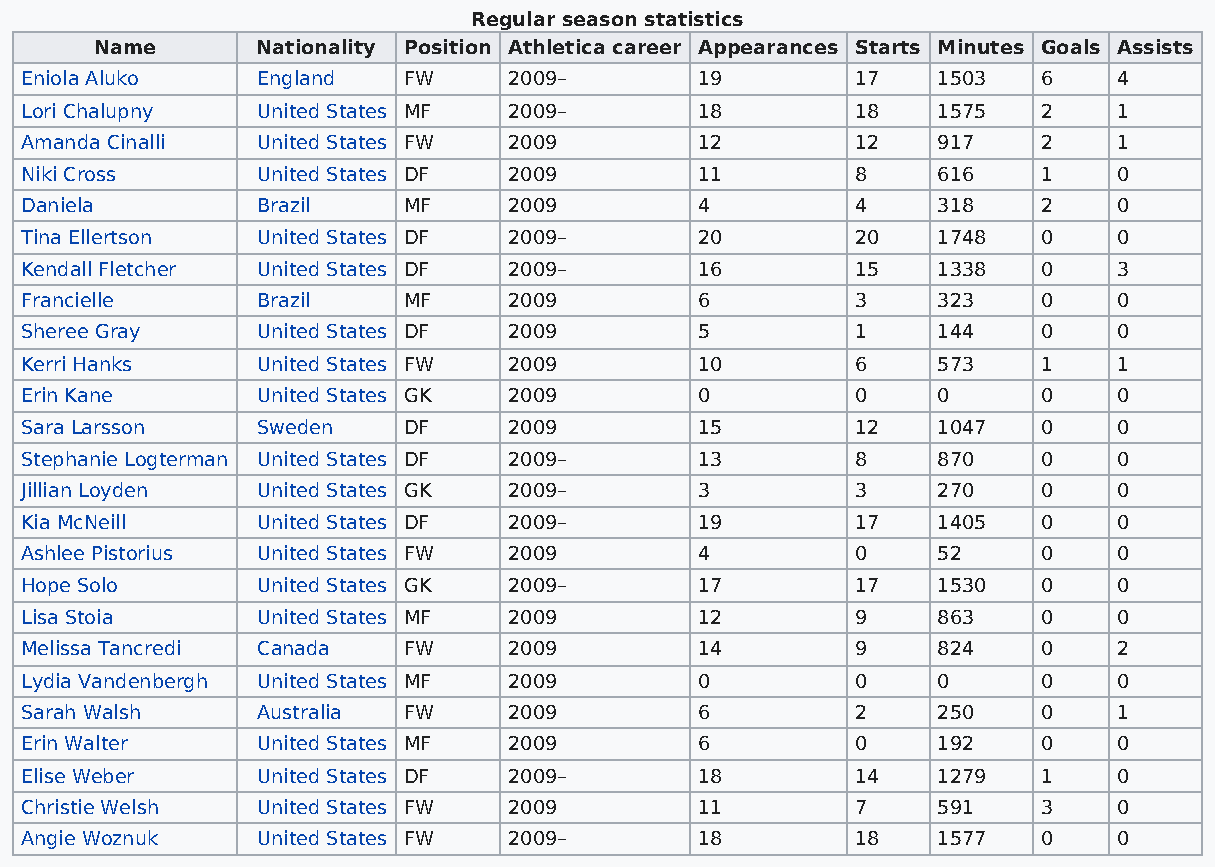
Regular season statistics
 Name       Nationality Position Athletica career Appearances Starts Minutes Goals Assists
 Eniola Aluko    England   FW     2009–       19         17   1503   6    4
 Lori Chalupny   United States MF 2009–       18         18   1575   2    1
 Amanda Cinalli  United States FW 2009        12         12   917    2    1
 Niki Cross      United States DF 2009        11         8    616    1    0
 Daniela         Brazil    MF     2009        4          4    318    2    0
 Tina Ellertson  United States DF 2009–       20         20   1748   0    0
 Kendall Fletcher United States DF 2009–      16         15   1338   0    3
 Francielle      Brazil    MF     2009        6          3    323    0    0
 Sheree Gray     United States DF 2009        5          1    144    0    0
 Kerri Hanks     United States FW 2009        10         6    573    1    1
 Erin Kane       United States GK 2009        0          0    0      0    0
 Sara Larsson    Sweden    DF     2009        15         12   1047   0    0
 Stephanie Logterman United States DF 2009–   13         8    870    0    0
 Jillian Loyden  United States GK 2009–       3          3    270    0    0
 Kia McNeill     United States DF 2009–       19         17   1405   0    0
 Ashlee Pistorius United States FW 2009       4          0    52     0    0
 Hope Solo       United States GK 2009–       17         17   1530   0    0
 Lisa Stoia      United States MF 2009        12         9    863    0    0
 Melissa Tancredi Canada   FW     2009        14         9    824    0    2
 Lydia Vandenbergh United States MF 2009      0          0    0      0    0
 Sarah Walsh     Australia FW     2009        6          2    250    0    1
 Erin Walter     United States MF 2009        6          0    192    0    0
 Elise Weber     United States DF 2009–       18         14   1279   1    0
 Christie Welsh  United States FW 2009        11         7    591    3    0
 Angie Woznuk    United States FW 2009–       18         18   1577   0    0